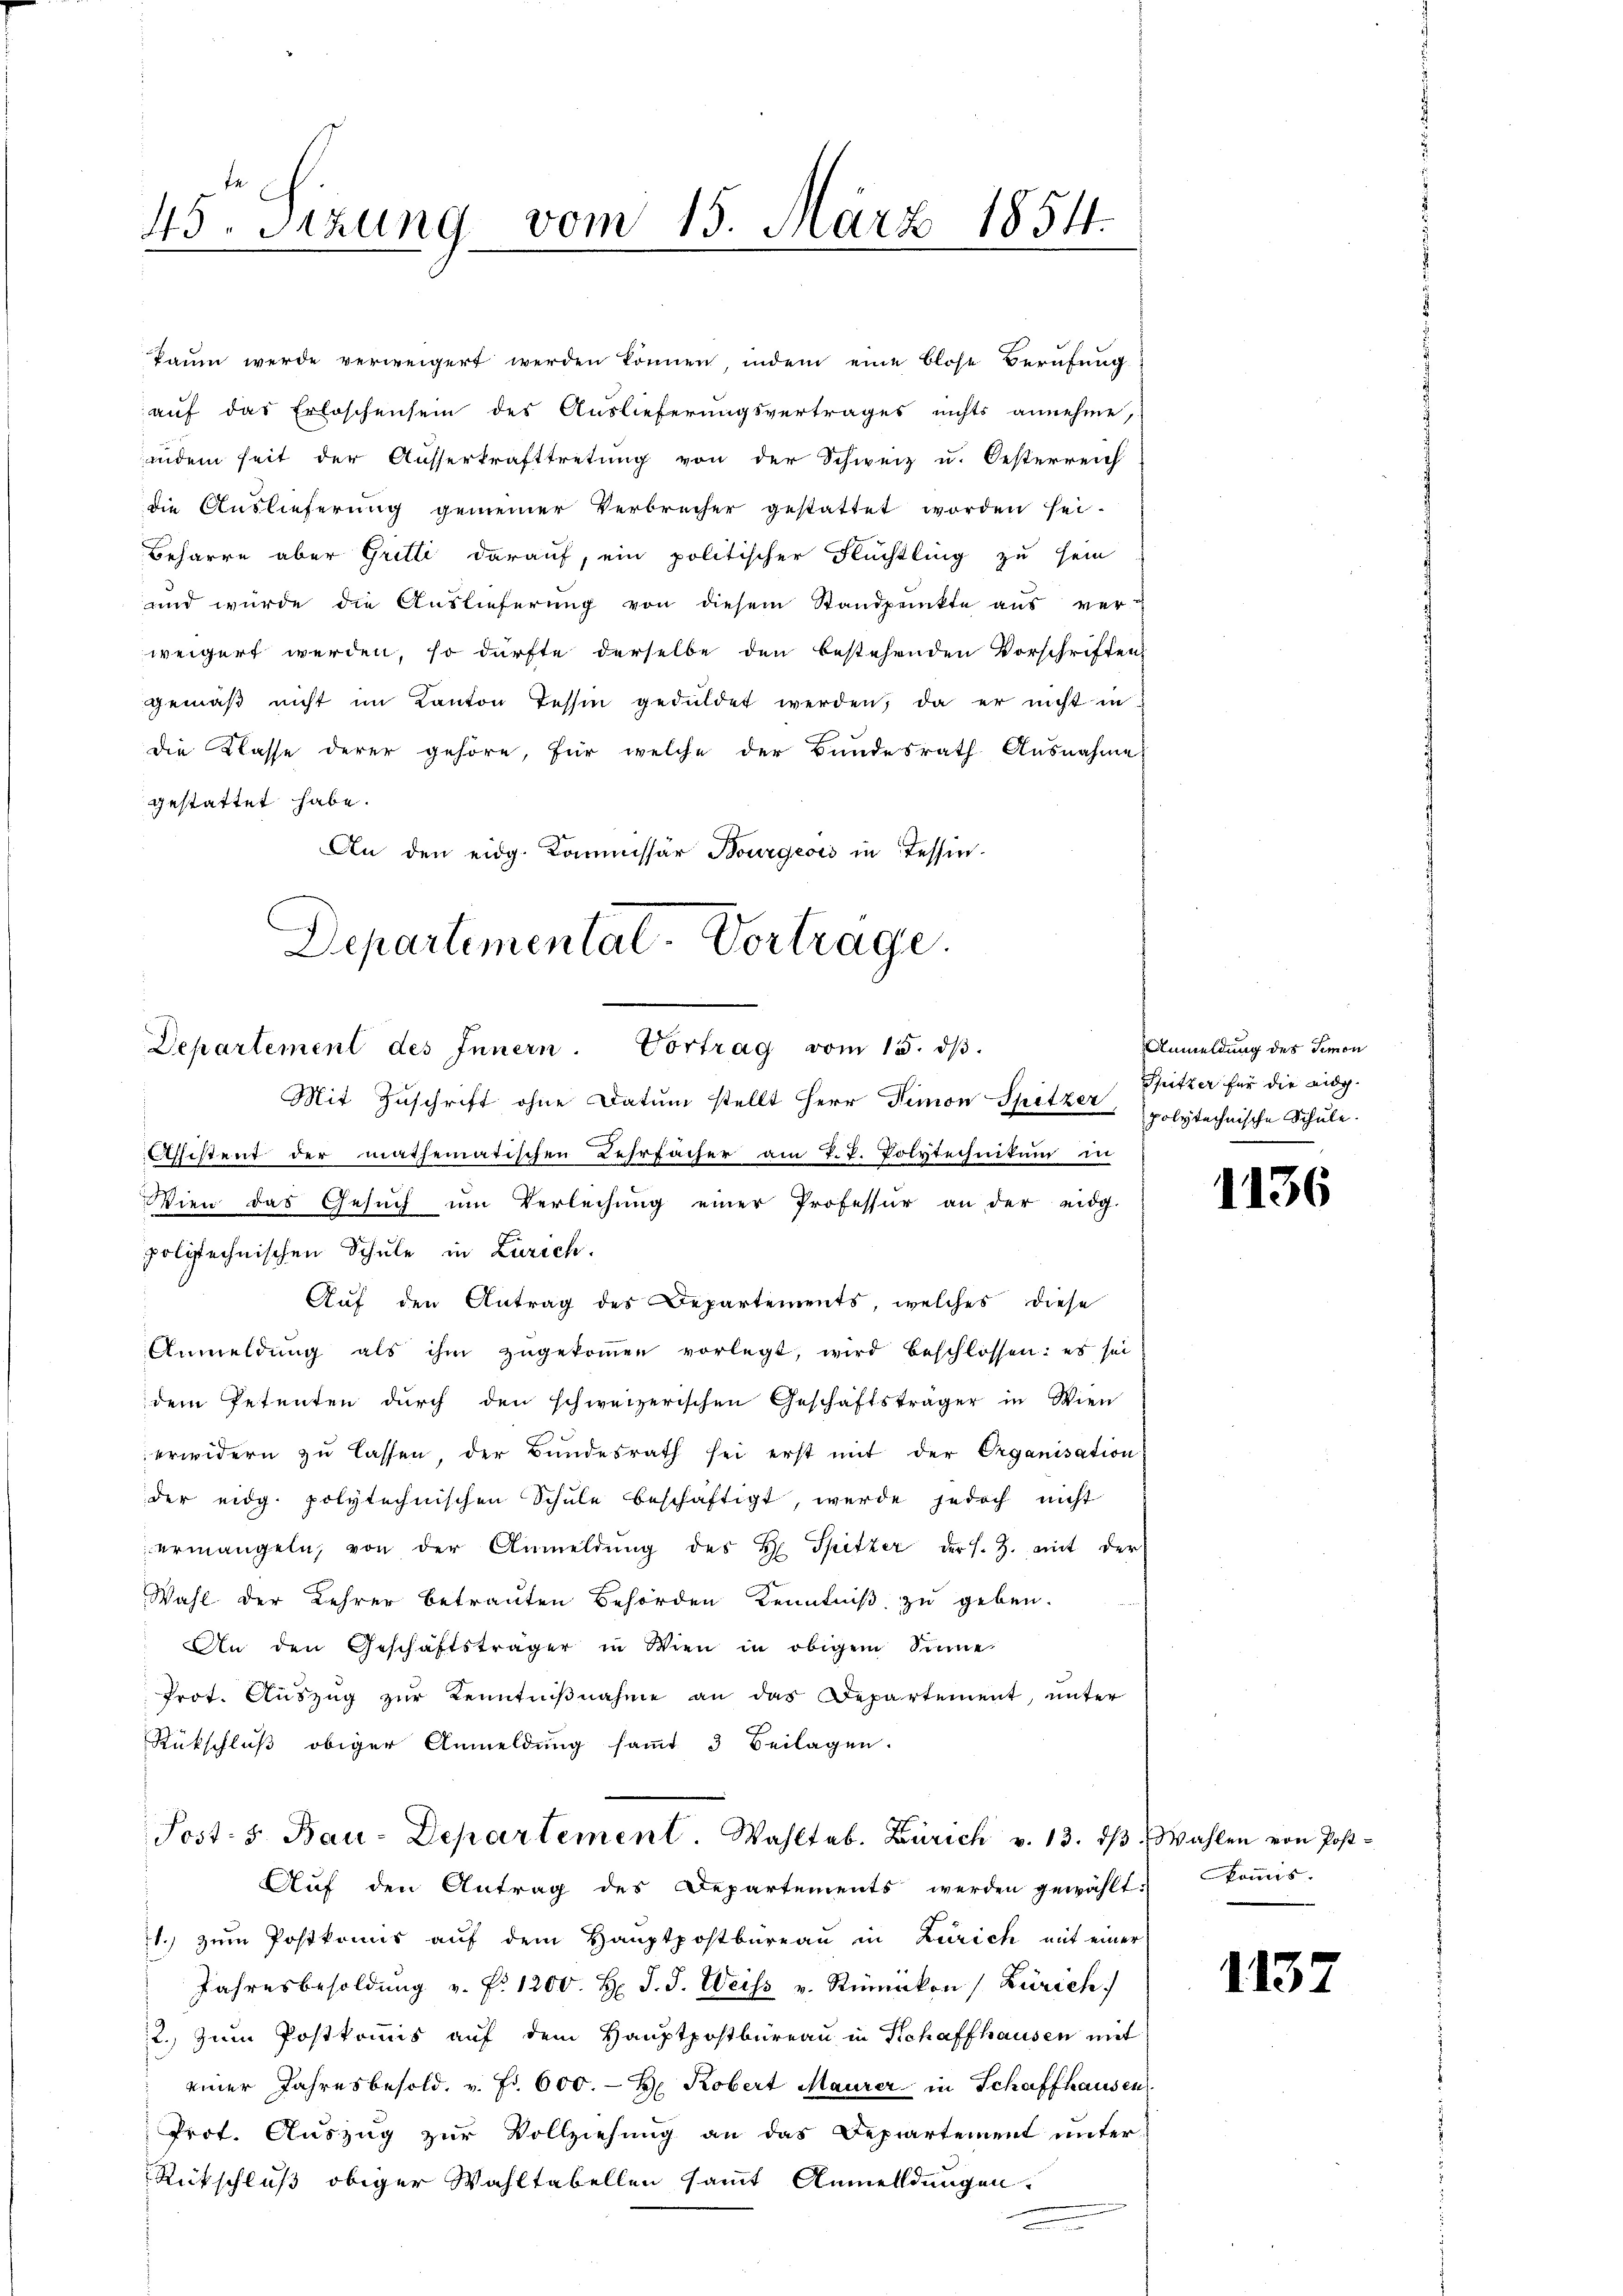
45. Setzung vom 15. März 1854.
d

kaum werde verweigert werden können, indem eine blose Berufung
auf das Erloschensein des Auslieferungsvertrages nichts annehme,
indem seit der Ausserkrafttretung von der Schweiz u. Oesterreich
die Auslieferung gemeiner Verbrecher gestattet worden sei.
Beharre aber Gritti darauf, ein politischer Flüchtling zu sein
und würde die Auslieferung von diesem Standpunkte aŭs verweigert werden, so dürfte derselbe den bestehenden Vorschriften
gemäβ nicht im Kanton Tessin geduldet werden, da er nicht in
Die Klasse derer gehöre, für welche der Bundesrath Ausnahme
gestattet habe.
An den eidg. Kommissär Bourgeois in Tessin¬

Departementat. Vortrage.
Departement des Innern. Vortrag vom 15. dβ.

Mit Zuschrift ohne Datum stellt Herr Simon Spitzer Spritzer für die eidg.
Assistent der mathematischen Lehrfächer am P.P. Polytechnikum in
Wien das Gesŭch ŭm Verleihung einer Professur an der eidg.
polytechnischen Schule in Zürich.
Auf den Antrag des Departements, welches diese
Anmeldŭng als ihm zŭgekoṁen vorlegt, wird beschlossen: es sei
dem Petenten dŭrch den schweizerischen Geschäftsträger in Wien
erwidern zu lassen, der Bundesrath sei erst mit der Organisation
der eidg. polytechnischen Schule beschäftigt, werde jedoch nicht
ermangeln, von der Anmeldŭng des H. Spitzer der s. Z. mit der
Wahl der Lehrer betrauten Behörden Kenntniß zu geben.
An den Geschäftsträger in Wien in obigem Sinne
Prot. Aŭszŭg zŭr Kenntniβnahme an das Departement, unter
Rückschluß obiger Anmeldung sammt 3 Beilagen.
Post. S. Bau-Departement. Wahltab. Zürich v. 13. dβ Wahlen von Post-
Aŭf den Antrag des Departements werden gewählt. Koṁis-
11.) zum Postkomis auf dem Hauptpostbüreau in Zürich mit einer
Jahresbesoldŭng v. P. 1200. H. d. J. Weiss v. Rümikon (Zürich
2. zum Postkommis auf dem Hauptpostbureau in Schaffhausen mit
einer Jahresbesold. u. Fr. 600. H. Kobert Maurer in Schaffhausen
Prof. Auszug zur Vollziehung an das Departement unter
Rückschluß obiger Wahltabellen sammt Anmeldungen.
e

Anmeldung des Temon
polytechnische Schule.

1136

1137